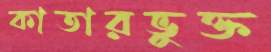
কাতারভুক্ত